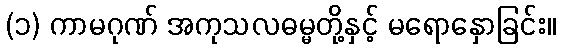
(၁) ကာမဂုဏ် အကုသလဓမ္မတို့နှင့် မရောနှောခြင်း။